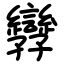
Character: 㝈